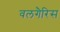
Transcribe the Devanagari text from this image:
वलगैरिस